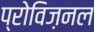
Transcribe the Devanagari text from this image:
प्रोविज़नल